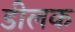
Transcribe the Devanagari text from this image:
डीलक